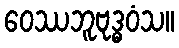
ဝေဿဘူဗုဒ္ဓဝံသ။